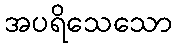
အပရိသေသော